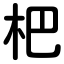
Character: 杷